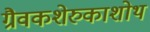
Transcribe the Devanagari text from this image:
ग्रैवकशेरुकाशोथ